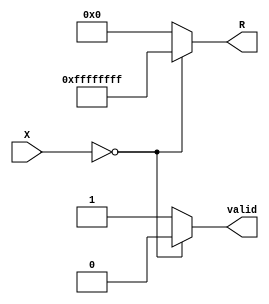
module BitwiseReciprocal #(
    parameter WIDTH = 16,    // Width of input value (X)
    parameter R_WIDTH = 2 * WIDTH // Width of output reciprocal (R)
)(
    input  wire [WIDTH-1:0] X,   // Input value
    output reg  [R_WIDTH-1:0] R,  // Output reciprocal
    output reg  valid              // Output valid flag
);

    // Internal signals
    reg [R_WIDTH-1:0] approx; // Approximation of reciprocal
    reg [R_WIDTH-1:0] temp;   // Temporary variable for calculations
    reg [WIDTH-1:0] zero_check; // To check for zero input

    always @(*) begin
        // Initialize output
        valid = 1'b1; // Assume valid until we find zero input
        R = {R_WIDTH{1'b0}}; // Clear output

        // Check for zero input
        zero_check = X;
        if (zero_check == 0) begin
            R = {R_WIDTH{1'b1}}; // Define as infinity (or a specific error value)
            valid = 1'b0; // Invalidate output
        end else begin
            // Initial guess for reciprocal (1 / X)
            approx = (1 << R_WIDTH) / X; // Initial approximation

            // Newton-Raphson iteration (2 iterations for better accuracy)
            // First iteration
            temp = approx * (2**R_WIDTH - X * approx);
            approx = temp >> R_WIDTH; // Shift right to maintain precision

            // Second iteration
            temp = approx * (2**R_WIDTH - X * approx);
            approx = temp >> R_WIDTH; // Final approximation

            // Assign the computed reciprocal to output
            R = approx;
        end
    end

endmodule